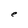
Character: e